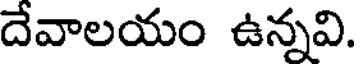
దేవాలయం ఉన్నవి.